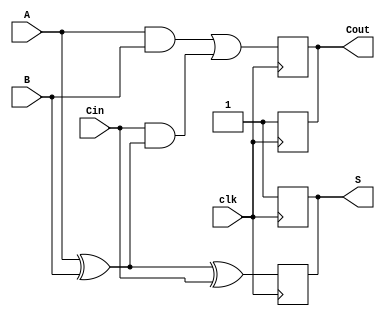
module DynamicFullAdder (
    input wire A,     // First input bit
    input wire B,     // Second input bit
    input wire Cin,   // Carry-in bit
    input wire clk,   // Clock signal
    output reg S,     // Sum output
    output reg Cout   // Carry-out output
);
    
    // Internal signals for precharge and evaluation
    wire precharge_S;
    wire precharge_Cout;

    // Precharge phase (when clk is low)
    always @(negedge clk) begin
        S <= 1'b1;    // Precharge S to 1
        Cout <= 1'b1; // Precharge Cout to 1
    end

    // Evaluation phase (when clk is high)
    always @(posedge clk) begin
        // Evaluate sum: S = A XOR B XOR Cin
        // Using the behavioral description of XOR
        S <= A ^ B ^ Cin;

        // Evaluate carry-out: Cout = (A AND B) OR (Cin AND (A XOR B))
        Cout <= (A & B) | (Cin & (A ^ B));
    end
endmodule